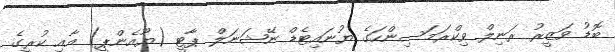
ބޮޑު ވަޒީރު ރަނިލް ވިކްރަމަސިންހަގެ ޔުނައިޓެޑް ނޭޝަނަލް ޕާޓީ (ޔޫއެންޕީ) އާއި ކުރީގެ